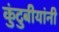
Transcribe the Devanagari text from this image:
कुंटुबीयांनी